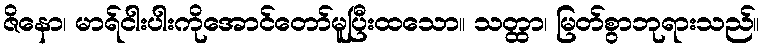
ဇိနော၊ မာရ်ငါးပါးကိုအောင်တော်မူပြီးထသော။ သတ္ထာ၊ မြတ်စွာဘုရားသည်။